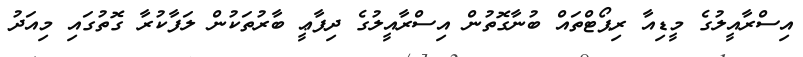
އިސްރާއީލުގެ މީޑިއާ ރިޕޯޓްތައް ބުނާގޮތުން އިސްރާއީލުގެ ދިފާޢީ ބާރުތަކުން ލަފާކުރާ ގޮތުގައި މިއަދު